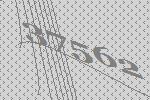
37562